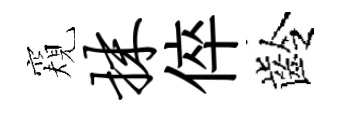
窺抹倅齡